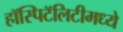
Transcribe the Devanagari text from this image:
हॉस्पिटॅलिटीमध्ये